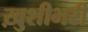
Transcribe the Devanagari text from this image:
ख़ुशीभरी